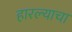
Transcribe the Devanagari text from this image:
हारल्याचा